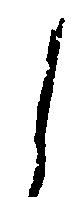
し